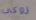
روكى